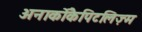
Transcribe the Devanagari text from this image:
अनार्कोकैपिटलिज़्म